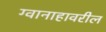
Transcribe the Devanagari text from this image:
ग्वानाहावरील